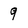
Character: 9